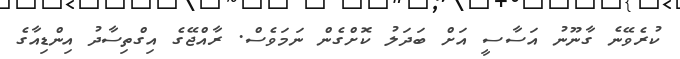
ކުރެވޭނެ ގާނޫނު އަސާސީ އަށް ބަދަލު ކޮށްގެން ނަމަވެސް. ރާއްޖޭގެ އިގްތިސާދު އިންޑިއާގެ